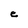
Character: e